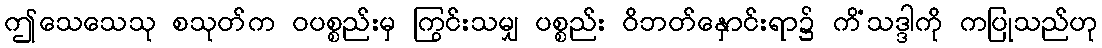
ဤသေသေသု စသုတ်က ဝပစ္စည်းမှ ကြွင်းသမျှ ပစ္စည်း ဝိဘတ်နှောင်းရာ၌ ကိံသဒ္ဒါကို ကပြုသည်ဟု